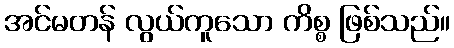
အင်မတန် လွယ်ကူသော ကိစ္စ ဖြစ်သည်။